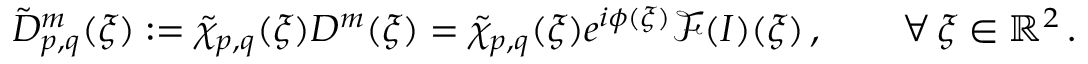
\tilde { D } _ { p , q } ^ { m } ( \boldsymbol { \xi } ) : = \tilde { \chi } _ { p , q } ( \boldsymbol { \xi } ) D ^ { m } ( \boldsymbol { \xi } ) = \tilde { \chi } _ { p , q } ( \boldsymbol { \xi } ) e ^ { i \phi ( \boldsymbol { \xi } ) } \mathcal { F } ( I ) ( \boldsymbol { \xi } ) \, , \qquad \forall \, \boldsymbol { \xi } \in \mathbb { R } ^ { 2 } \, .